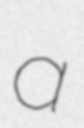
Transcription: a